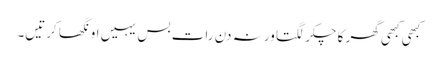
کبھی کبھی گھر کا چکر لگتا ورنہ دن رات بس یہیں اونگھا کرتیں۔